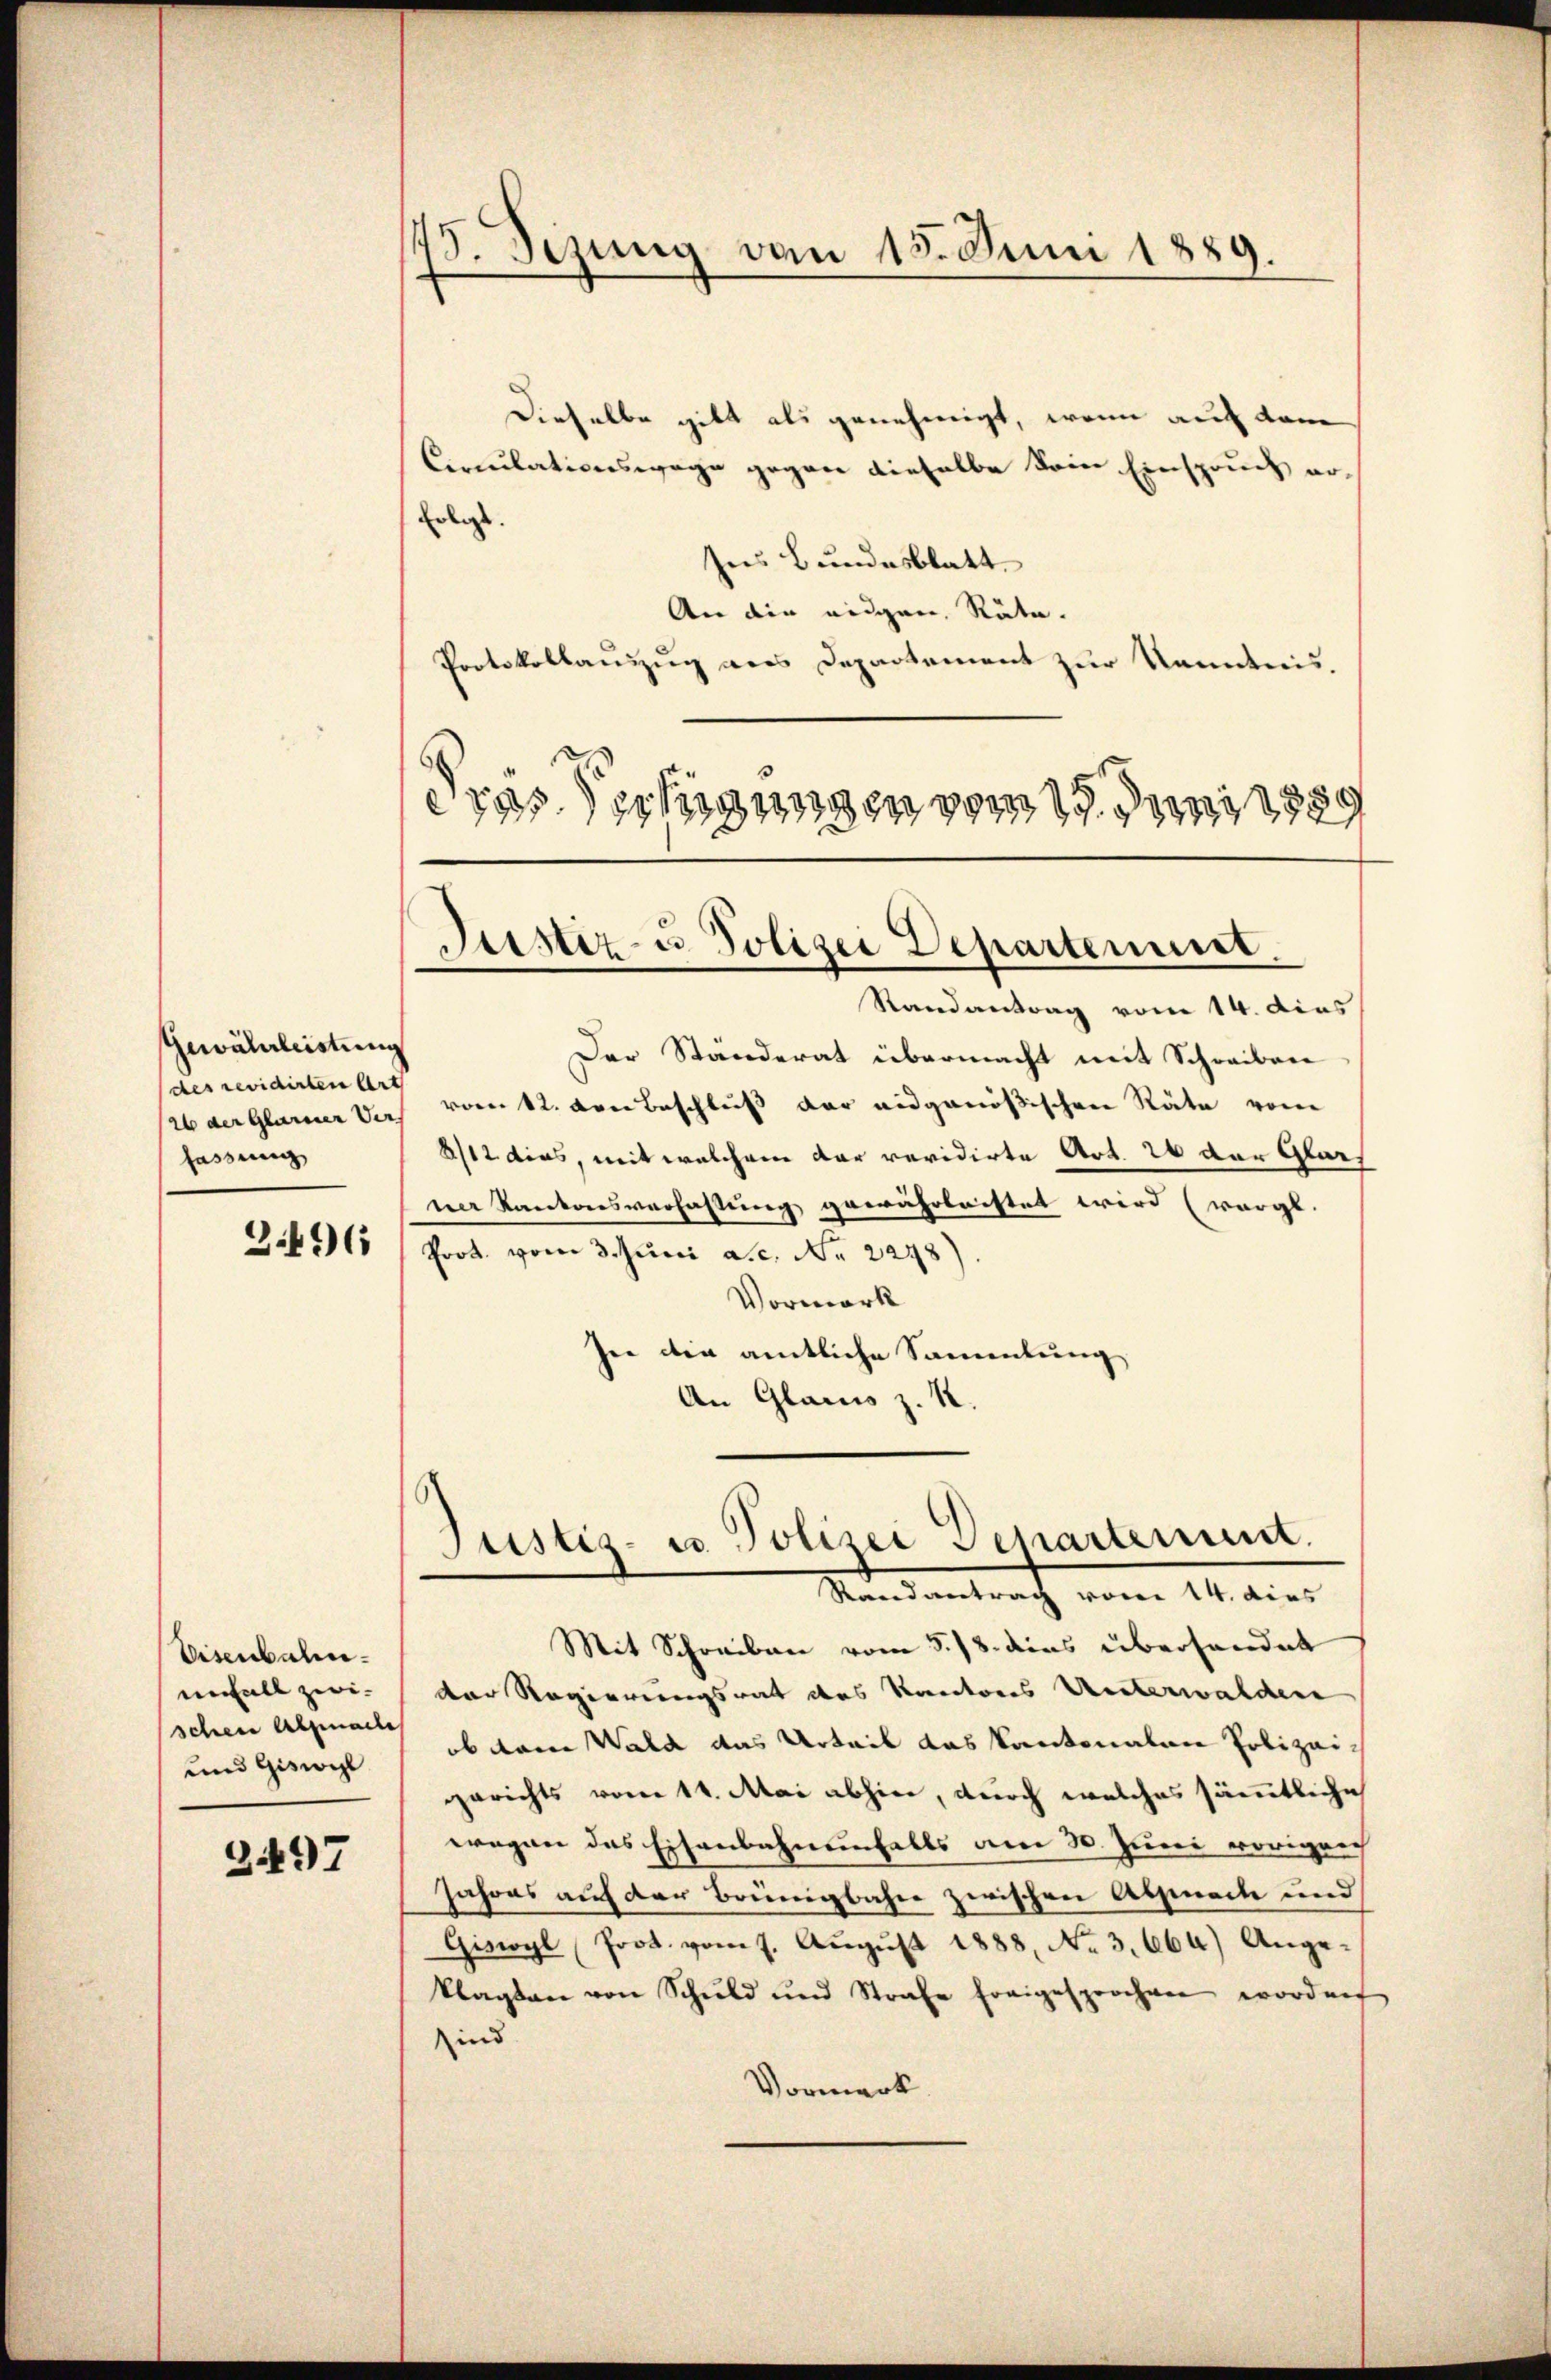
Gewährleistung
(des revidirten Art
26 der Glarner Ver
fassung

3.496

Dieselbe gibt als genehmigt, wenn auch dem
Circulationswage gegen dieselbe dem Einspruch er¬
Erlass
Ins Bundesblatt
An die eigen Räte.
Protokollauszug aus Departement zur Kenntnis.
dras Verfügungen vom 19. Juni 1889

Eisenbahn.
enfall zwi- |
schene Alpinadle
und Giswil

2497

75. Sezung von 15. Juni 1889.

Justiz- u Polizei Departement.

Randantrag vom 14. dies
Der Ständerat übermacht mit Schreiben
vom 12. von Beschluß der eidgenößischen Räte von
8/12 dies, mit welchem dar revidirte Art. 26 der Glach
ner Kantonsverfassung gewährlachtet wird (worgt.
Prot. vom 3. Juni a.c. Nr. 2248)
Vormerk
Ine die amtliche Sammlung
An Glarus z. R.

Mit Schreiben vom 5. 18. dies überhandet
der Regierungsrat des Kantons Unterwalchen
ob dem Wald das Urteil das Kantonalen Polizeigerichts vom 14. Mai abhin, durch welches sämmtliche
wegen das Eisenbahnenfalls am 30. Juni vorigen
Jahres auf der Brüngbahn zwischen Absenach und
Giswyl Prot. vom 7. Aŭgŭst 1888 No 3,664) Ange-
klagten von Schuld und Strafe Ereigesprochen worden
sind
Vormerk

Justiz- u. Polizei Departement.
Mandantrach vom 14. den